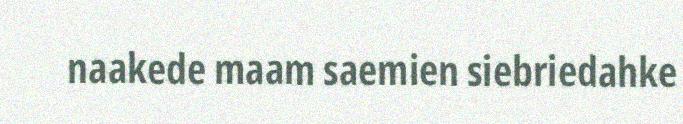
naakede maam saemien siebriedahke